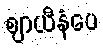
ဈာယီနံပေ